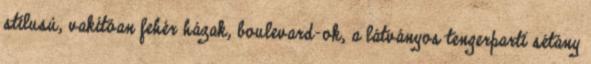
stílusú, vakítóan fehér házak, boulevard-ok, a látványos tengerparti sétány